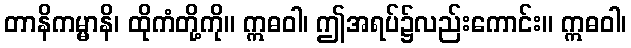
တာနိကမ္မာနိ၊ ထိုကံတို့ကို။ ဣဓဝါ၊ ဤအရပ်၌လည်းကောင်း။ ဣဓဝါ၊